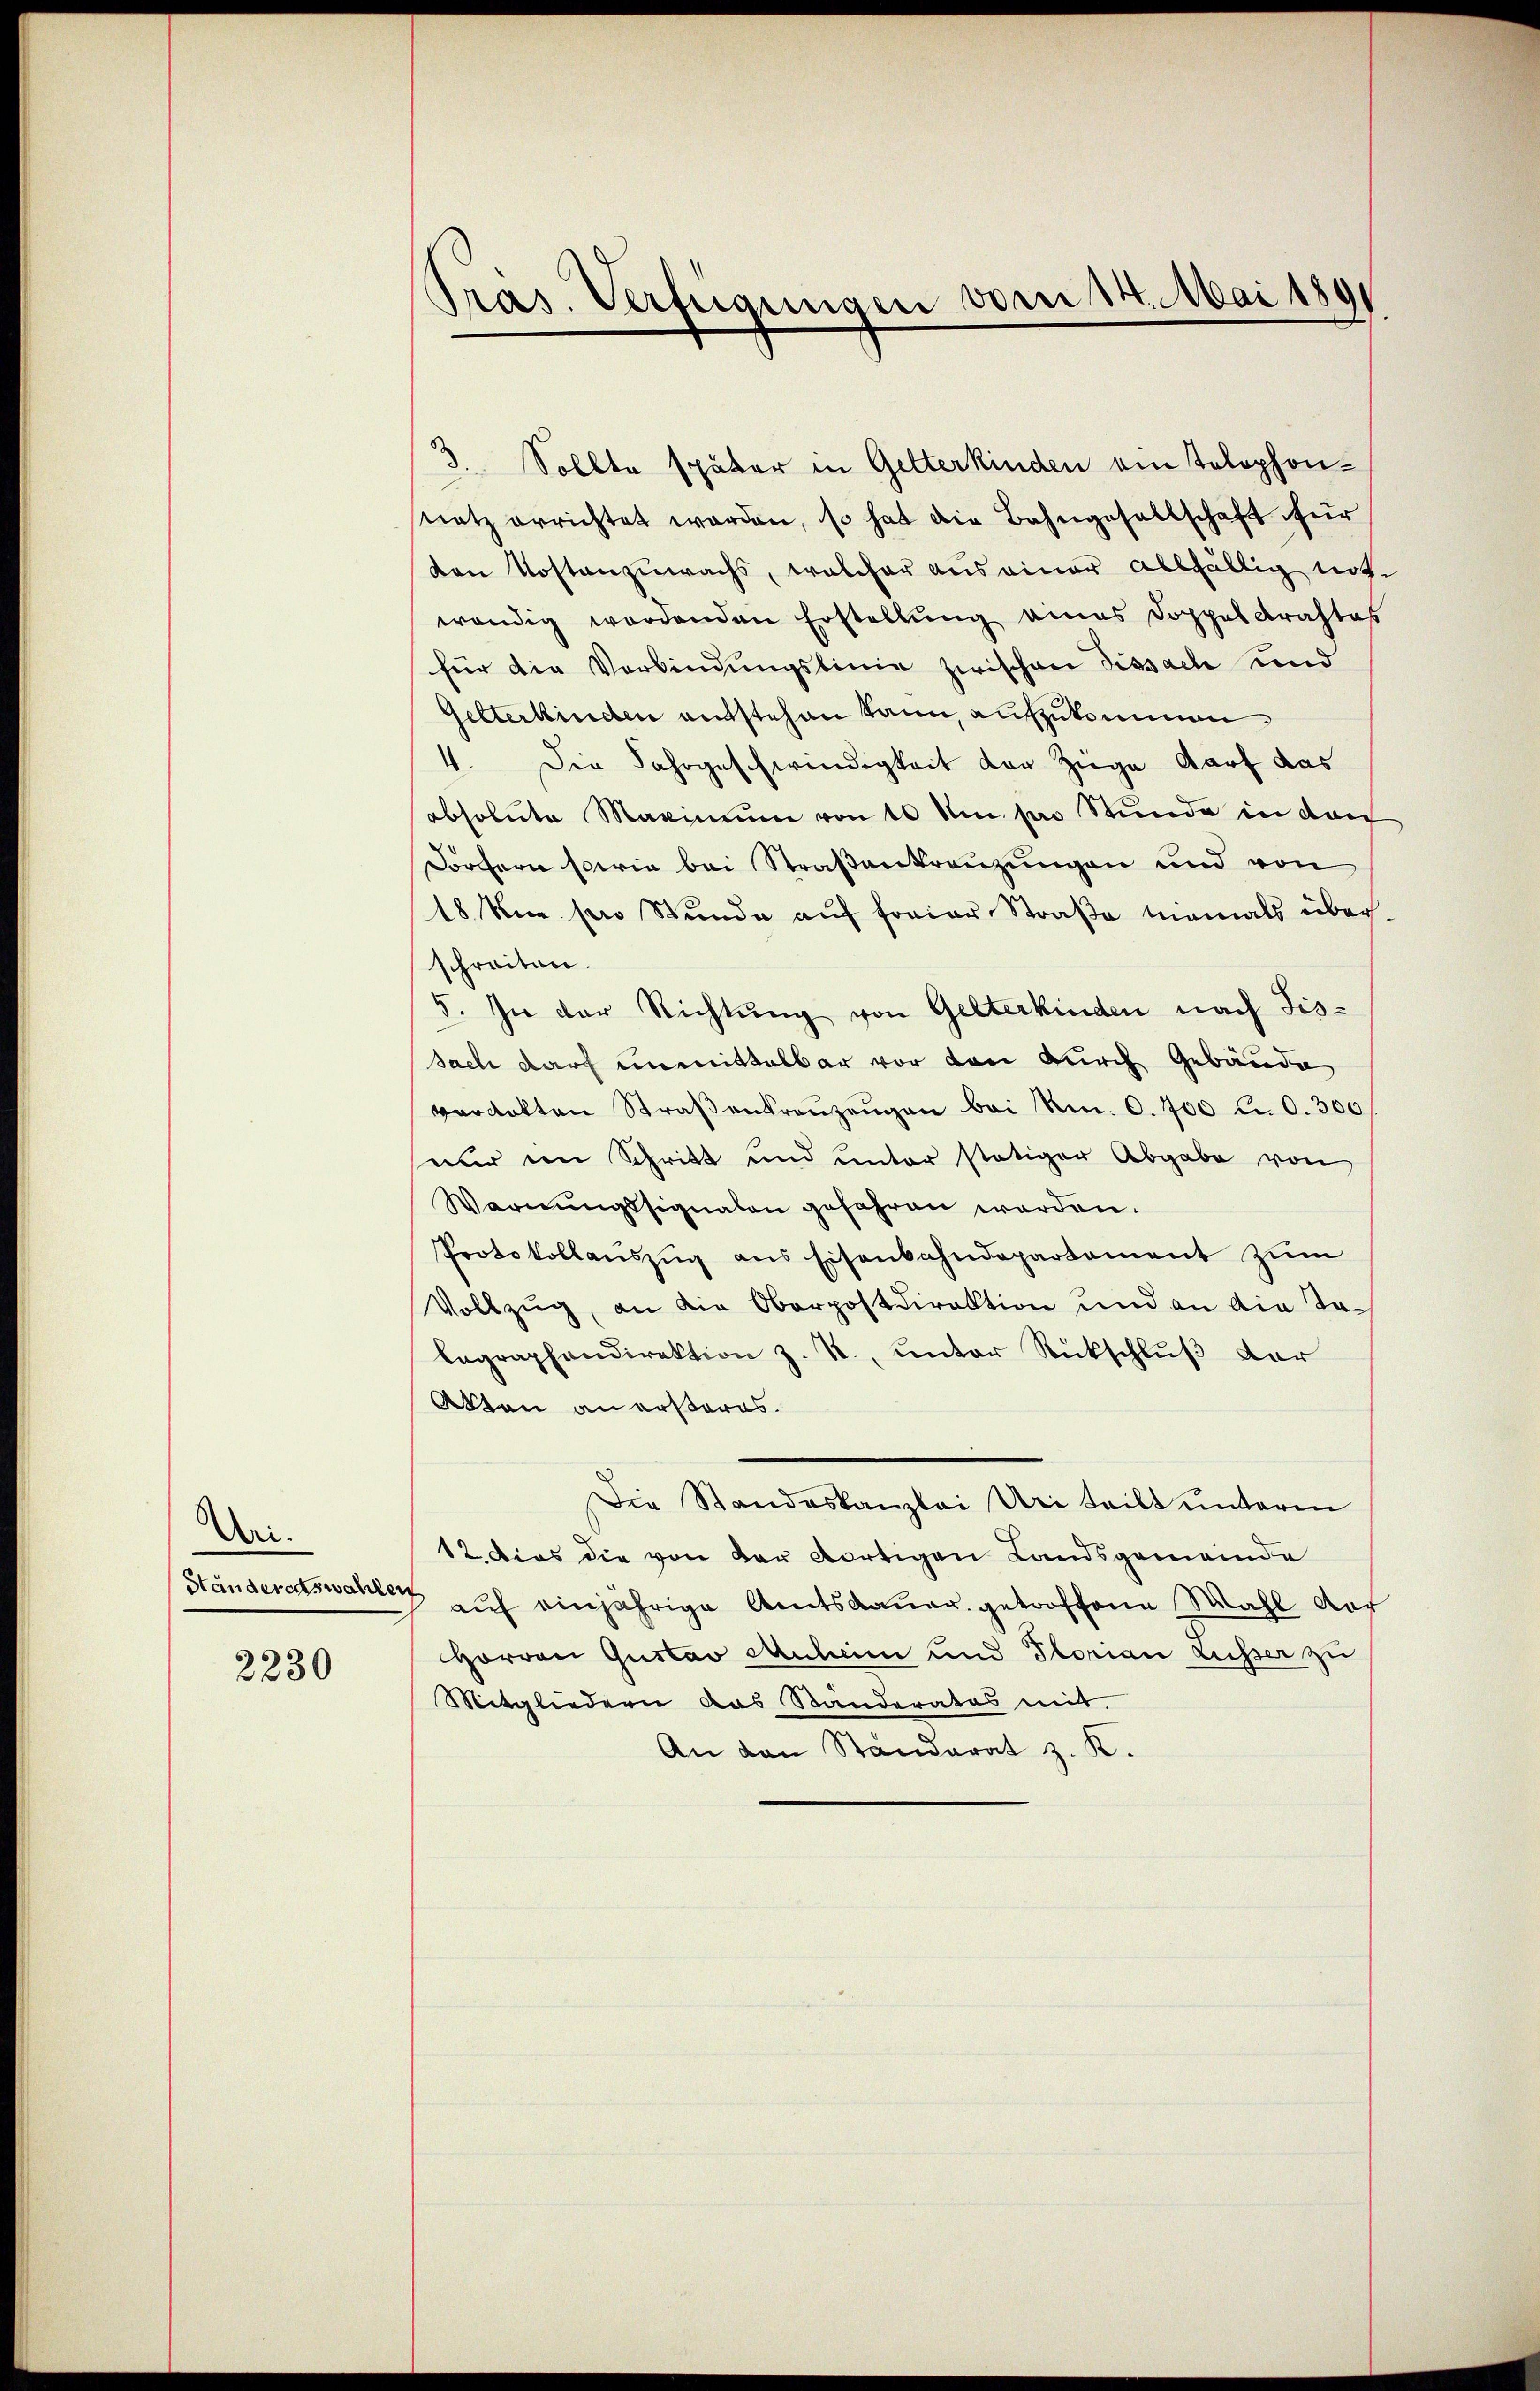
Uri.
Ständeratswahlen

2230

ras. Verfügungen vom 14. Mai 1891

3. Sollte später in Gelterkinden ein Telephonnatz errichtet worden, so hat die Bahngesellschaft für
von Kostanzuwachs, welcher aus einer allfällig not-
wendig werdenden Erstellung eines Doppeldrahtes
für die Verbindungslinie zwischen Fissach und
Gelterkinden entstehen kann, aufzukommen
4. Die Jahrgeschwindigkeit der Züge darf das
absolute Maximum von 10 Um per Stunde in dan
Forchern sowie bei Straßenkreuzungen und von
18. Die pro Stunde auf freier Straße niemals überschreiten.
5. In der Richtung von Gelterkinden nach Fissach darf unmittelbar vor von durch Gebäude
verdikten Straβenkranzengen bei Nm. 0. 700 Fr. 0. 300
nur im Schritt und unter stätiger Abgabe von
Warnungssignalen gefahren werden.
Protokollanszug aus Eisenbahndepartement zum
Vollzug, an die Oberpostdirektion und an die Talagraphendirektion z. R., unter Rückschluß der
Akten an ersteres.
Die Standeskanzlei Uri teilt ŭnterm
12. Dies die von der dortigen Landsgemeinde
auf einjährige Amtsdauer. getroffene Wahl vor
Horren Gustav Mulein und Plorian ausser zu
Mitgliedern das Standeratos mit
An den Ständerat z. K.